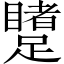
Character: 𲄋